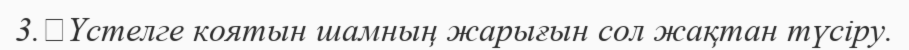
3.	Үстелге коятын шамның жарығын сол жақтан түсіру.